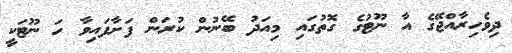
ދިވެހިރާއްޖޭގެ އާ ނޫޓުގެ ގޮތުގައި މިއަދު ބޭނުން ކުރަން ފަށާފައިވާ ހަ ނޫޓަކީ